Subject: math
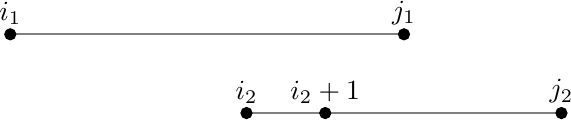
LaTeX code:
 \begin{tikzpicture}
\draw[gray, thick] (-12,-2) -- (-8,-2);
\draw[gray, thick] (-15,-1) -- (-10,-1);
\filldraw[black] (-15,-1) circle (2pt) node[anchor=south] {$i_{1}$};
\filldraw[black] (-10,-1) circle (2pt) node[anchor=south] {$j_{1}$};
\filldraw[black] (-12,-2) circle (2pt) node[anchor=south] {$i_{2}$};
\filldraw[black] (-8,-2) circle (2pt) node[anchor=south] {$j_{2}$};
\filldraw[black] (-11,-2) circle (2pt) node[anchor=south] {$i_{2}+1$};
\end{tikzpicture}